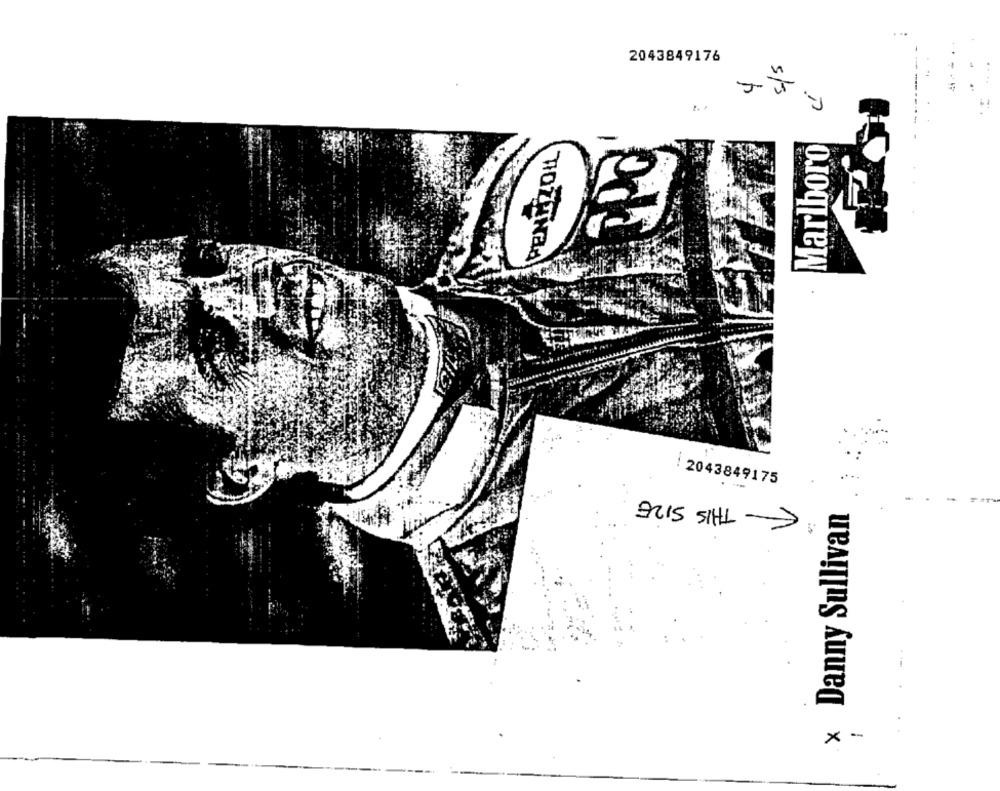
2043849176
5/3
Marlboro
HOZTHEA
2043849175
.-
E- THIS SIZE
× Danny Sullivan